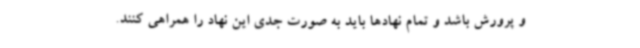
و پرورش باشد و تمام نهادها باید به صورت جدی این نهاد را همراهی کنند.